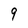
Character: 9